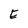
Character: E